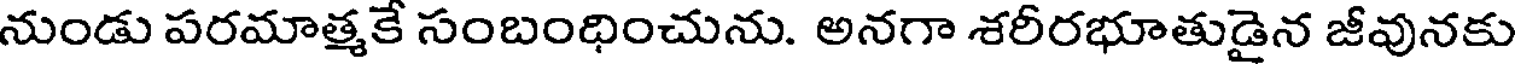
నుండు పరమాత్మకే సంబంధించును. అనగా శరీరభూతుడైన జీవునకు